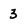
Character: 3